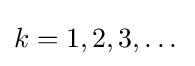
k=1,2,3,\dotsc